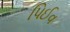
પિઈવ